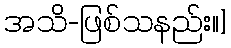
အသိ-ဖြစ်သနည်း။]